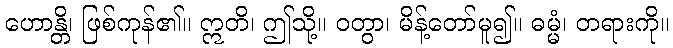
ဟောန္တိ၊ ဖြစ်ကုန်၏။ ဣတိ၊ ဤသို့။ ဝတွာ၊ မိန့်တော်မူ၍။ ဓမ္မံ၊ တရားကို။